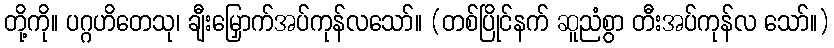
တို့ကို။ ပဂ္ဂဟိတေသု၊ ချီးမြှောက်အပ်ကုန်လသော်။ (တစ်ပြိုင်နက် ဆူညံစွာ တီးအပ်ကုန်လ သော်။)